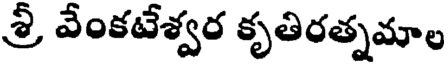
శ్రీ వేంకటేశ్వర కృతిరత్నమాల